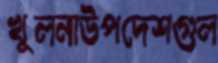
খুলনাউপদেশগুল